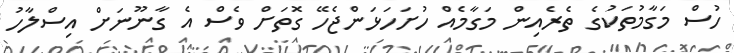
ހުސް މަގާމުތަކުގެ ތެރެއިން މަގާމެއް ހުށަހަޅަންޖެހޭ ގޮތަށް ވެސް އެ ގާނޫނަށް އިސްލާހު